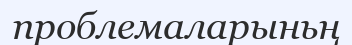
проблемаларыньң